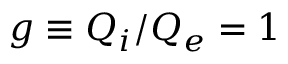
g \equiv Q _ { i } / Q _ { e } = 1